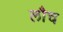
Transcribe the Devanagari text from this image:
लौच